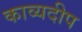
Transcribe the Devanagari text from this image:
काव्यदीप